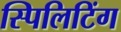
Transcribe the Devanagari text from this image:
स्पिलिटिंग